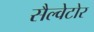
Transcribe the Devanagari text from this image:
सैल्वेटोर